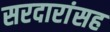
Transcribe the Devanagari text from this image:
सरदारांसह